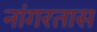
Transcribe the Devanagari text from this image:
नांगरतास